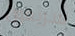
سريعون